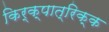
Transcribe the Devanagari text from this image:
किर्क्पात्रिक्क